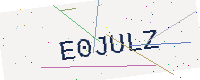
Text: E0JULZ